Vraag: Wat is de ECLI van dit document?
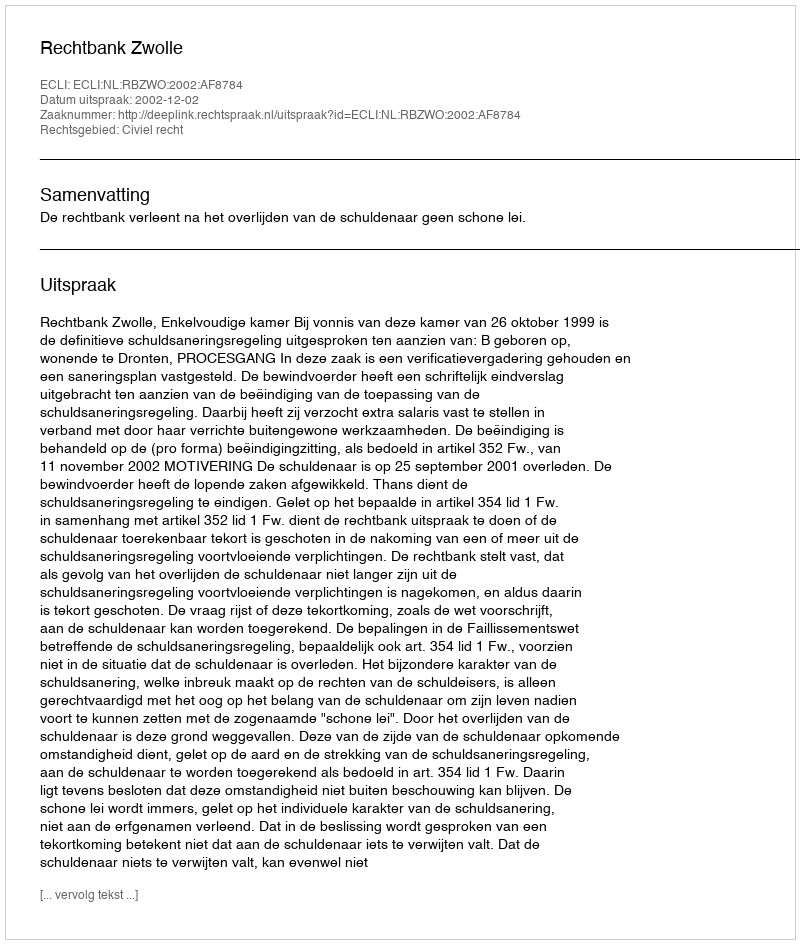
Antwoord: ECLI:NL:RBZWO:2002:AF8784